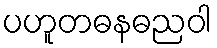
ပဟူတဓနဓညဝါ